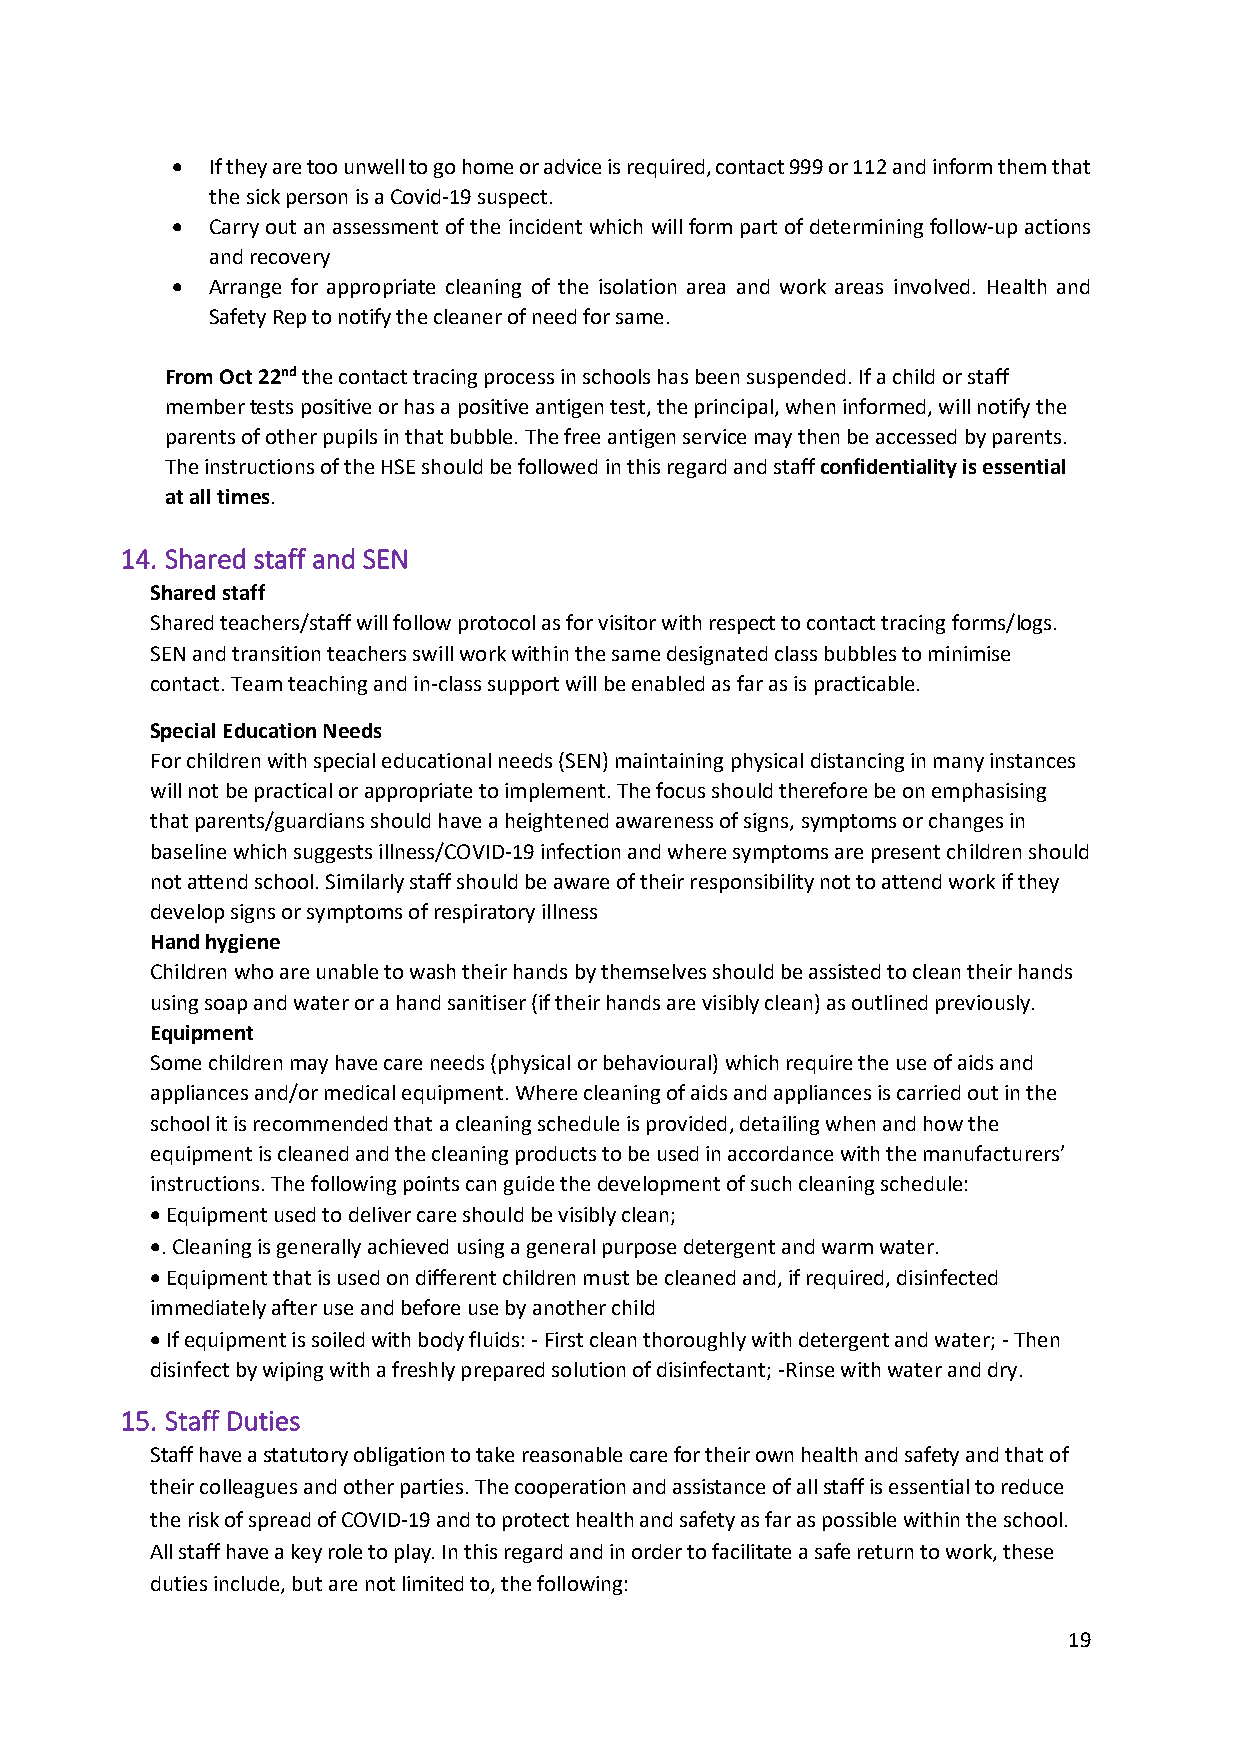
•  If they are too unwell to go home or advice is required, contact 999 or 112 and inform them that
 the sick person is a Covid-19 suspect.
 •  Carry out an assessment of the incident which will form part of determining follow-up actions
 and recovery
 •  Arrange for appropriate cleaning of the isolation area and work areas involved. Health and
 Safety Rep to notify the cleaner of need for same.
 From Oct 22nd the contact tracing process in schools has been suspended. If a child or staff
 member tests positive or has a positive antigen test, the principal, when informed, will notify the
 parents of other pupils in that bubble. The free antigen service may then be accessed by parents.
 The instructions of the HSE should be followed in this regard and staff confidentiality is essential
 at all times.
 14. Shared staff and SEN
 Shared staff
 Shared teachers/staff will follow protocol as for visitor with respect to contact tracing forms/logs.
 SEN and transition teachers swill work within the same designated class bubbles to minimise
 contact. Team teaching and in-class support will be enabled as far as is practicable.
 Special Education Needs
 For children with special educational needs (SEN) maintaining physical distancing in many instances
 will not be practical or appropriate to implement. The focus should therefore be on emphasising
 that parents/guardians should have a heightened awareness of signs, symptoms or changes in
 baseline which suggests illness/COVID-19 infection and where symptoms are present children should
 not attend school. Similarly staff should be aware of their responsibility not to attend work if they
 develop signs or symptoms of respiratory illness
 Hand hygiene
 Children who are unable to wash their hands by themselves should be assisted to clean their hands
 using soap and water or a hand sanitiser (if their hands are visibly clean) as outlined previously.
 Equipment
 Some children may have care needs (physical or behavioural) which require the use of aids and
 appliances and/or medical equipment. Where cleaning of aids and appliances is carried out in the
 school it is recommended that a cleaning schedule is provided, detailing when and how the
 equipment is cleaned and the cleaning products to be used in accordance with the manufacturers’
 instructions. The following points can guide the development of such cleaning schedule:
 • Equipment used to deliver care should be visibly clean;
 •. Cleaning is generally achieved using a general purpose detergent and warm water.
 • Equipment that is used on different children must be cleaned and, if required, disinfected
 immediately after use and before use by another child
 • If equipment is soiled with body fluids: - First clean thoroughly with detergent and water; - Then
 disinfect by wiping with a freshly prepared solution of disinfectant; -Rinse with water and dry.
 15. Staff Duties
 Staff have a statutory obligation to take reasonable care for their own health and safety and that of
 their colleagues and other parties. The cooperation and assistance of all staff is essential to reduce
 the risk of spread of COVID-19 and to protect health and safety as far as possible within the school.
 All staff have a key role to play. In this regard and in order to facilitate a safe return to work, these
 duties include, but are not limited to, the following:
 19